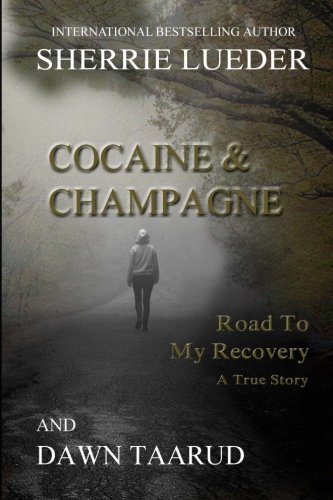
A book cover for Cocaine and Champagne: Road To My Recovery; Sherrie Lueder; Literature & Fiction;